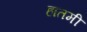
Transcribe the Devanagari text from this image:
हातमी